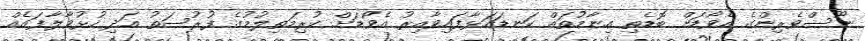
ނޫސްވެރިންގެ އެވޯޑަށް ބޮޑެތި އިނާމުތައް ކަނޑައަޅާފައިވާއިރު އެވޯޑަށް ކުރިމަތިލުމުގެ ފުރުސަތު އަދި ހުޅުވާލާފައެއް